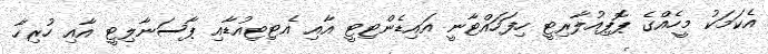
އެކަމަކު މީހެއްގެ ޕޮޕިއުލާރިޓީ ހިފަހައްޓާނީ އައިޑެންޓިޓީ އާއި އެޓިޓިއުޑާއި ޕާސަނާލިޓީ އާއި ހުރިހާ